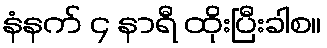
နံနက် ၄ နာရီ ထိုးပြီးခါစ။